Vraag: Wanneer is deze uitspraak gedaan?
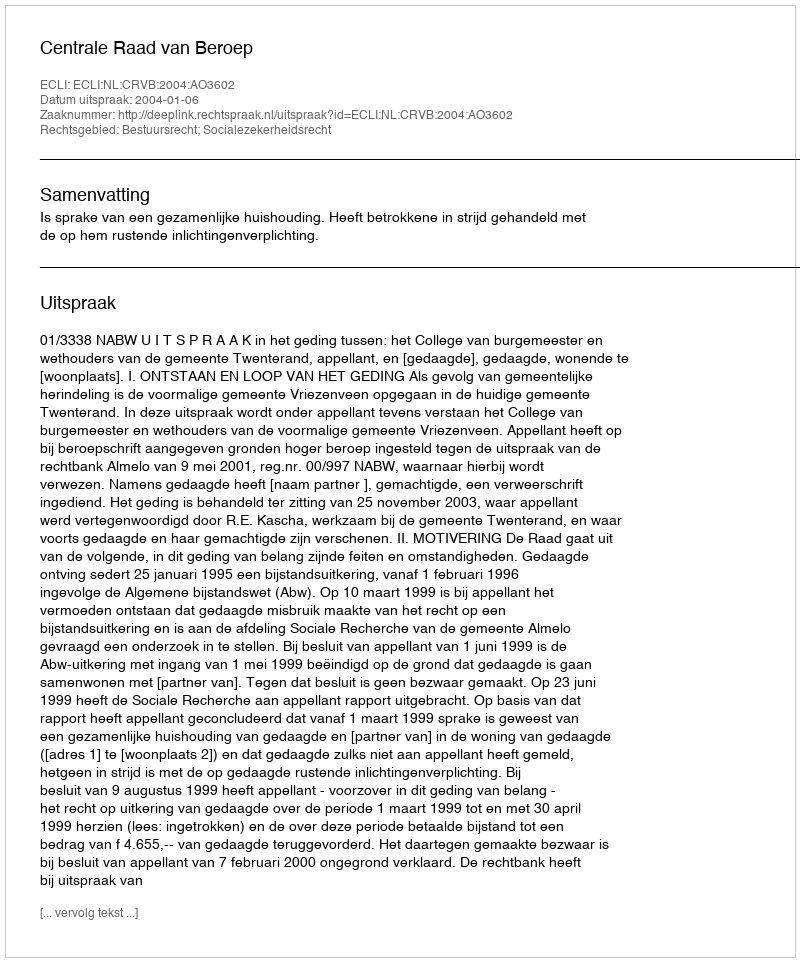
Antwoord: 2004-01-06